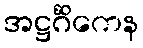
အဋ္ဌင်္ဂိကေန